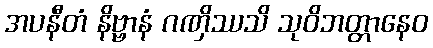
အပနီတံ နိဗ္ဗာနံ ဂဏှိဿသိ သုဝိဘတ္တာနေဝ